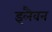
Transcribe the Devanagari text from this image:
इलैवन